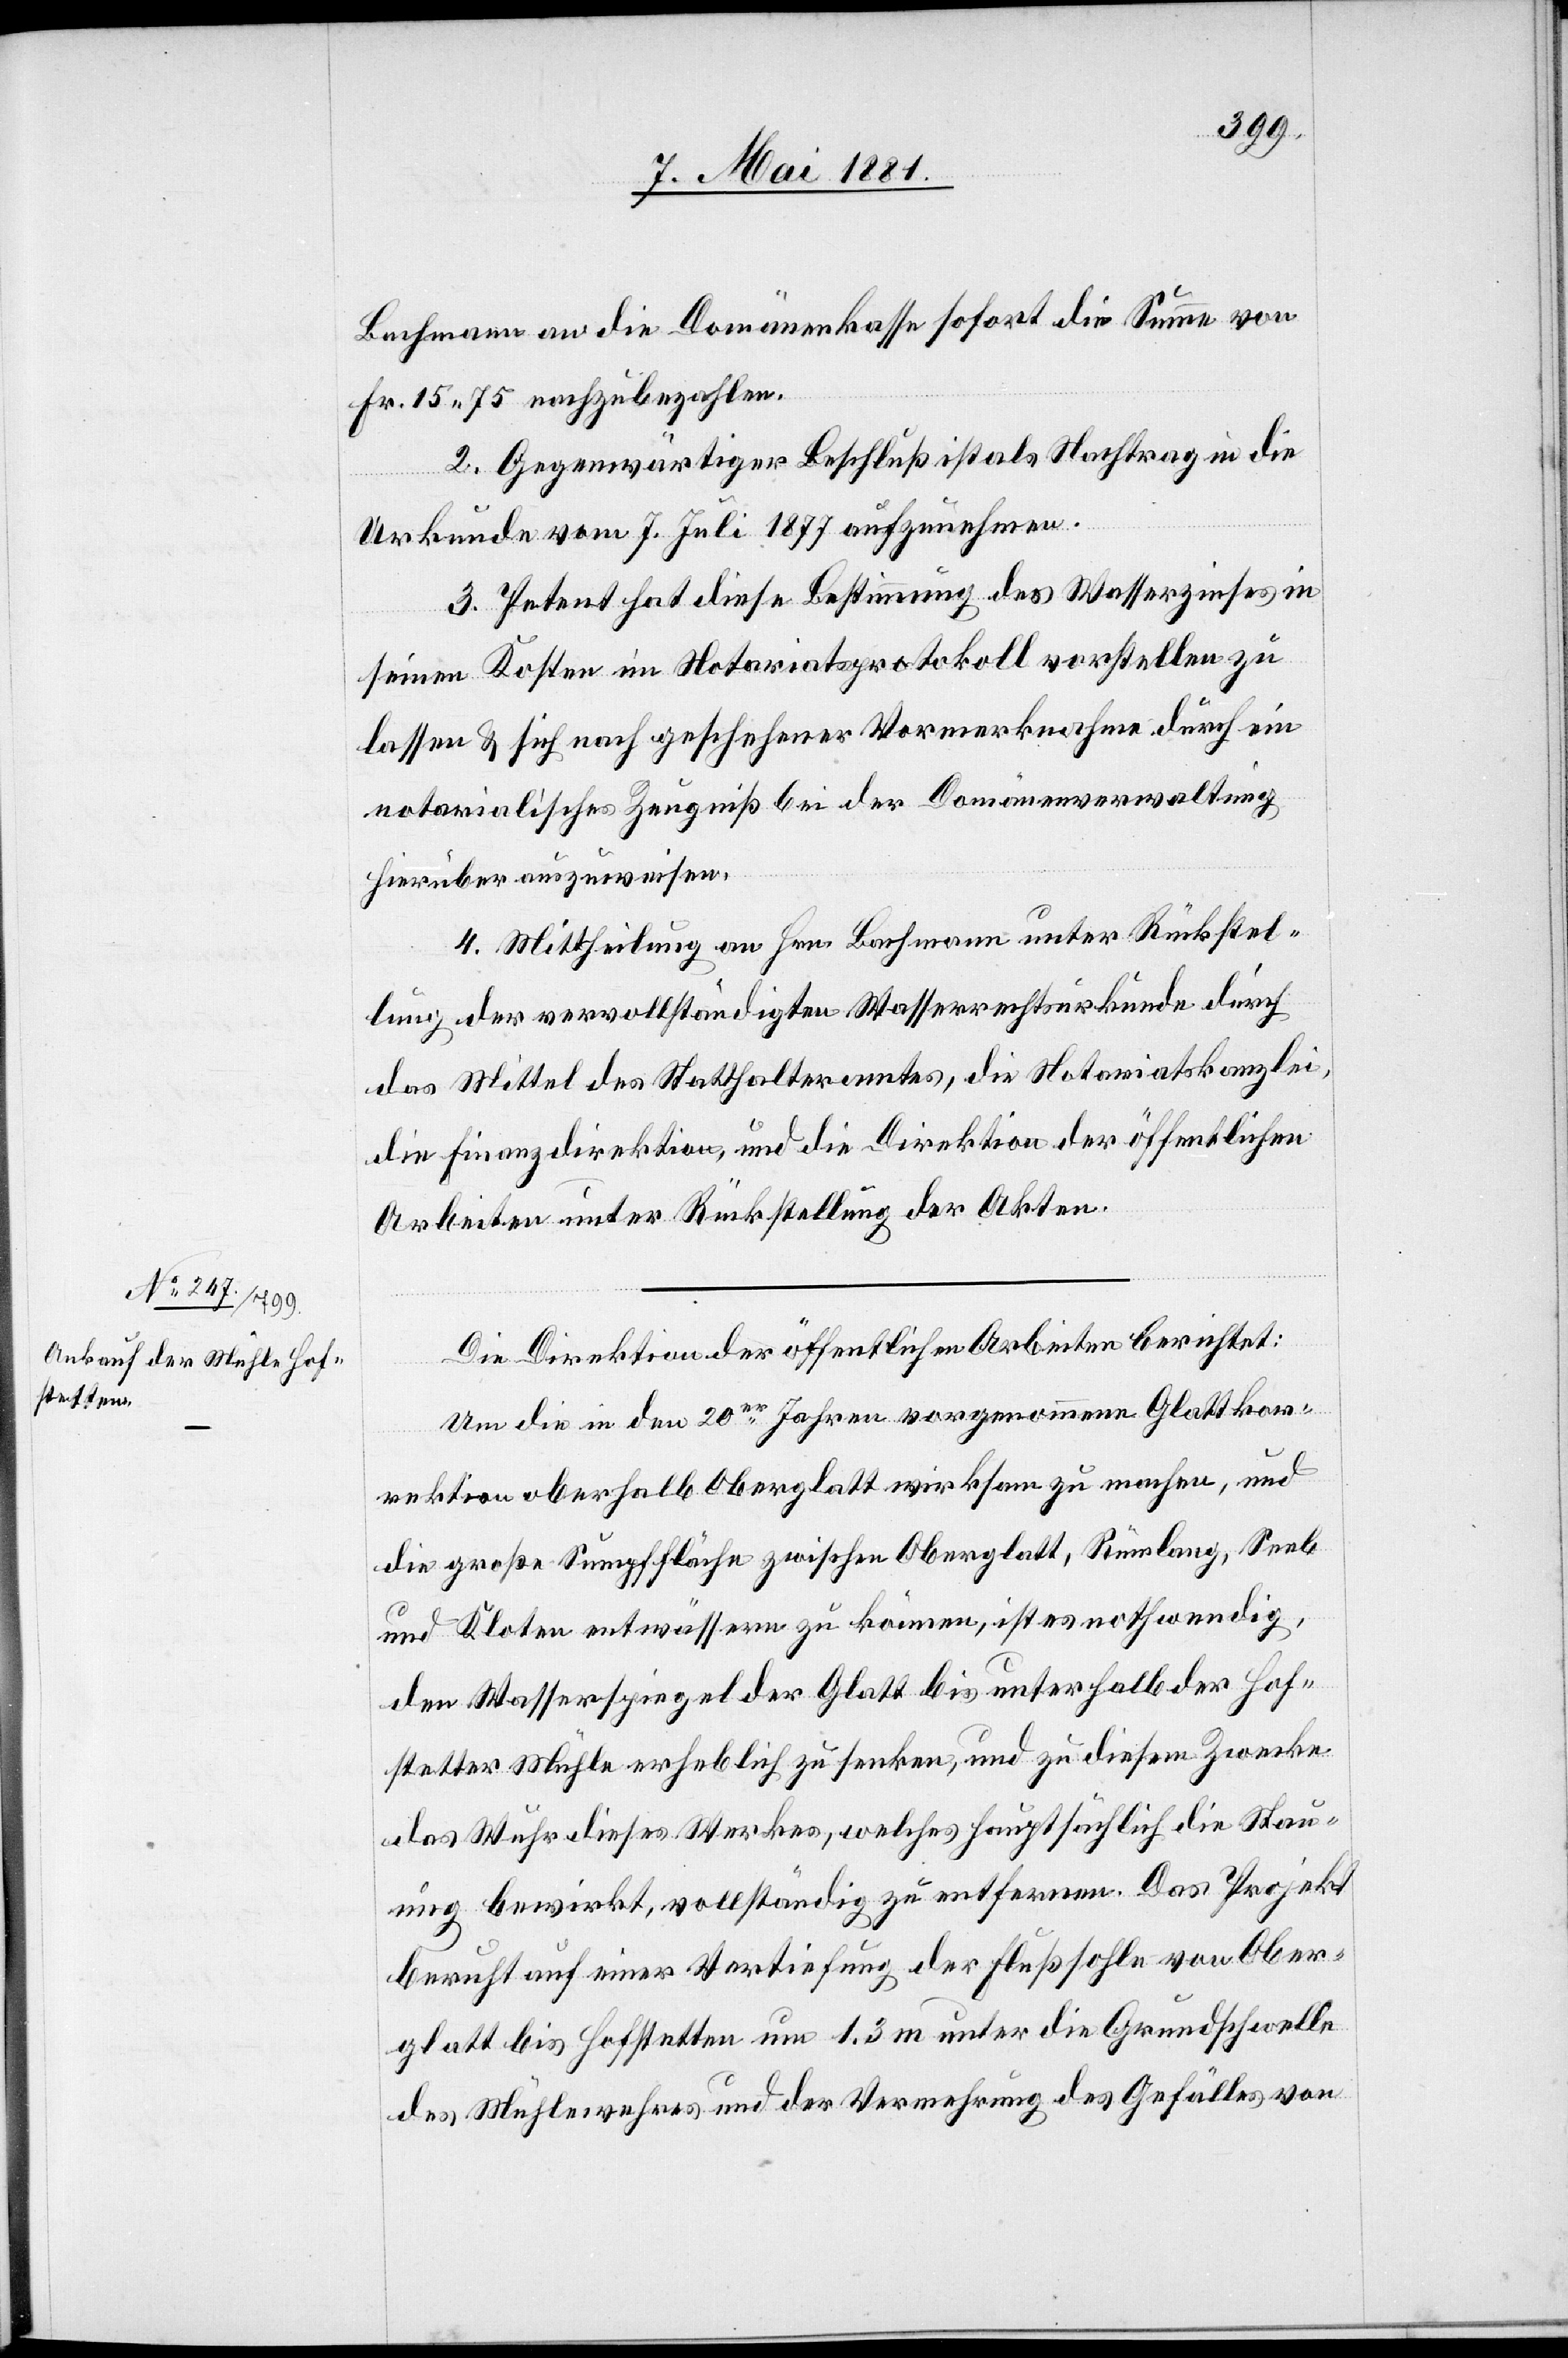
Bachmann an die Domänenkasse sofort die Summe von
Fr. 15. 75 nachzubezahlen.
2. Gegenwärtiger Beschluß ist als Nachtrag in die
Urkunde vom 7. Juli 1877 aufzunehmen.
3. Petent hat diese Bestimmung des Wasserzinses in
seinen Kosten im Notariatsprotokoll vorstellen zu
lassen & sich nach geschehener Vormerknahme durch ein
notarialisches Zeugniß bei der Domänenverwaltung
hierüber auszuweisen.
4. Mittheilung an Hrn. Bachmann unter Rückstel¬
lung der vervollständigten Wasserrechtsurkunde durch
das Mittel des Statthalteramtes, die Notariatskanzlei,
die Finanzdirektion, und die Direktion der öffentlichen
Arbeiten unter Rückstellung der Akten.
Die Direktion der öffentlichen Arbeiten berichtet:
Um die in den 20er Jahren vorgenommene Glattkor¬
rektion oberhalb Oberglatt wirksam zu machen, und
die große Sumpffläche zwischen Oberglatt, Rümlang, Seeb
und Kloten entwässern zu können, ist es nothwendig,
den Wasserspiegel der Glatt bis unterhalb der Hof¬
stetter Mühle erheblich zu senken, und zu diesem Zwecke
das Wuhr dieses Werkes, welches hauptsächlich die Stau¬
ung bewirkt, vollständig zu entfernen. Das Projekt
beruht auf einer Vertiefung der Flußsohle von Ober¬
glatt bis Hofstetten um 1.3 m unter die Grundschwelle
des Mühlewehres und der Vermehrung des Gefälles von